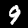
Digit: 9